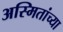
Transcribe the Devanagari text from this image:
अस्मितांच्या